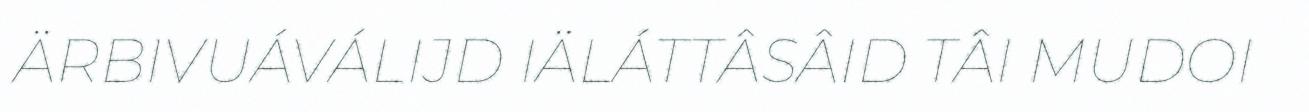
ÄRBIVUÁVÁLIJD IÄLÁTTÂSÂID TÂI MUDOI